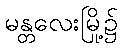
မန္တလေးမြို့၌